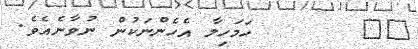
١٦       ހަމަހިލާ އެހެންނަކުން ނުވާނެއެވެ.